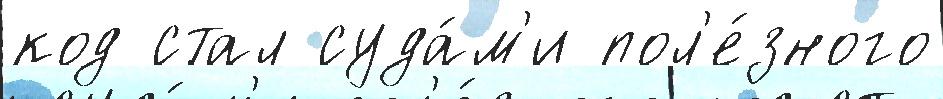
код стал суда́м'и пол'е́зного